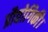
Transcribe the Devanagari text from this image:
प्रौद्योगिकी।